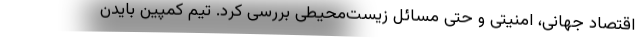
اقتصاد جهانی، امنیتی و حتی مسائل زیست‌محیطی بررسی کرد. تیم کمپین بایدن